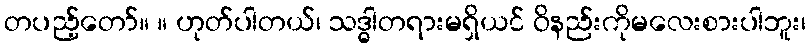
တပည့်တော်။ ။ ဟုတ်ပါတယ်၊ သဒ္ဓါတရားမရှိယင် ဝိနည်းကိုမလေးစားပါဘူး၊